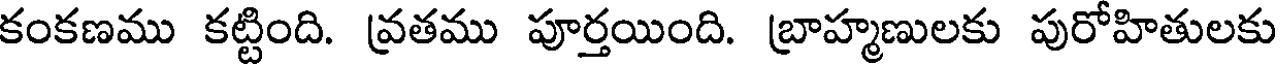
కంకణము కట్టింది. వ్రతము పూర్తయింది. బ్రాహ్మణులకు పురోహితులకు